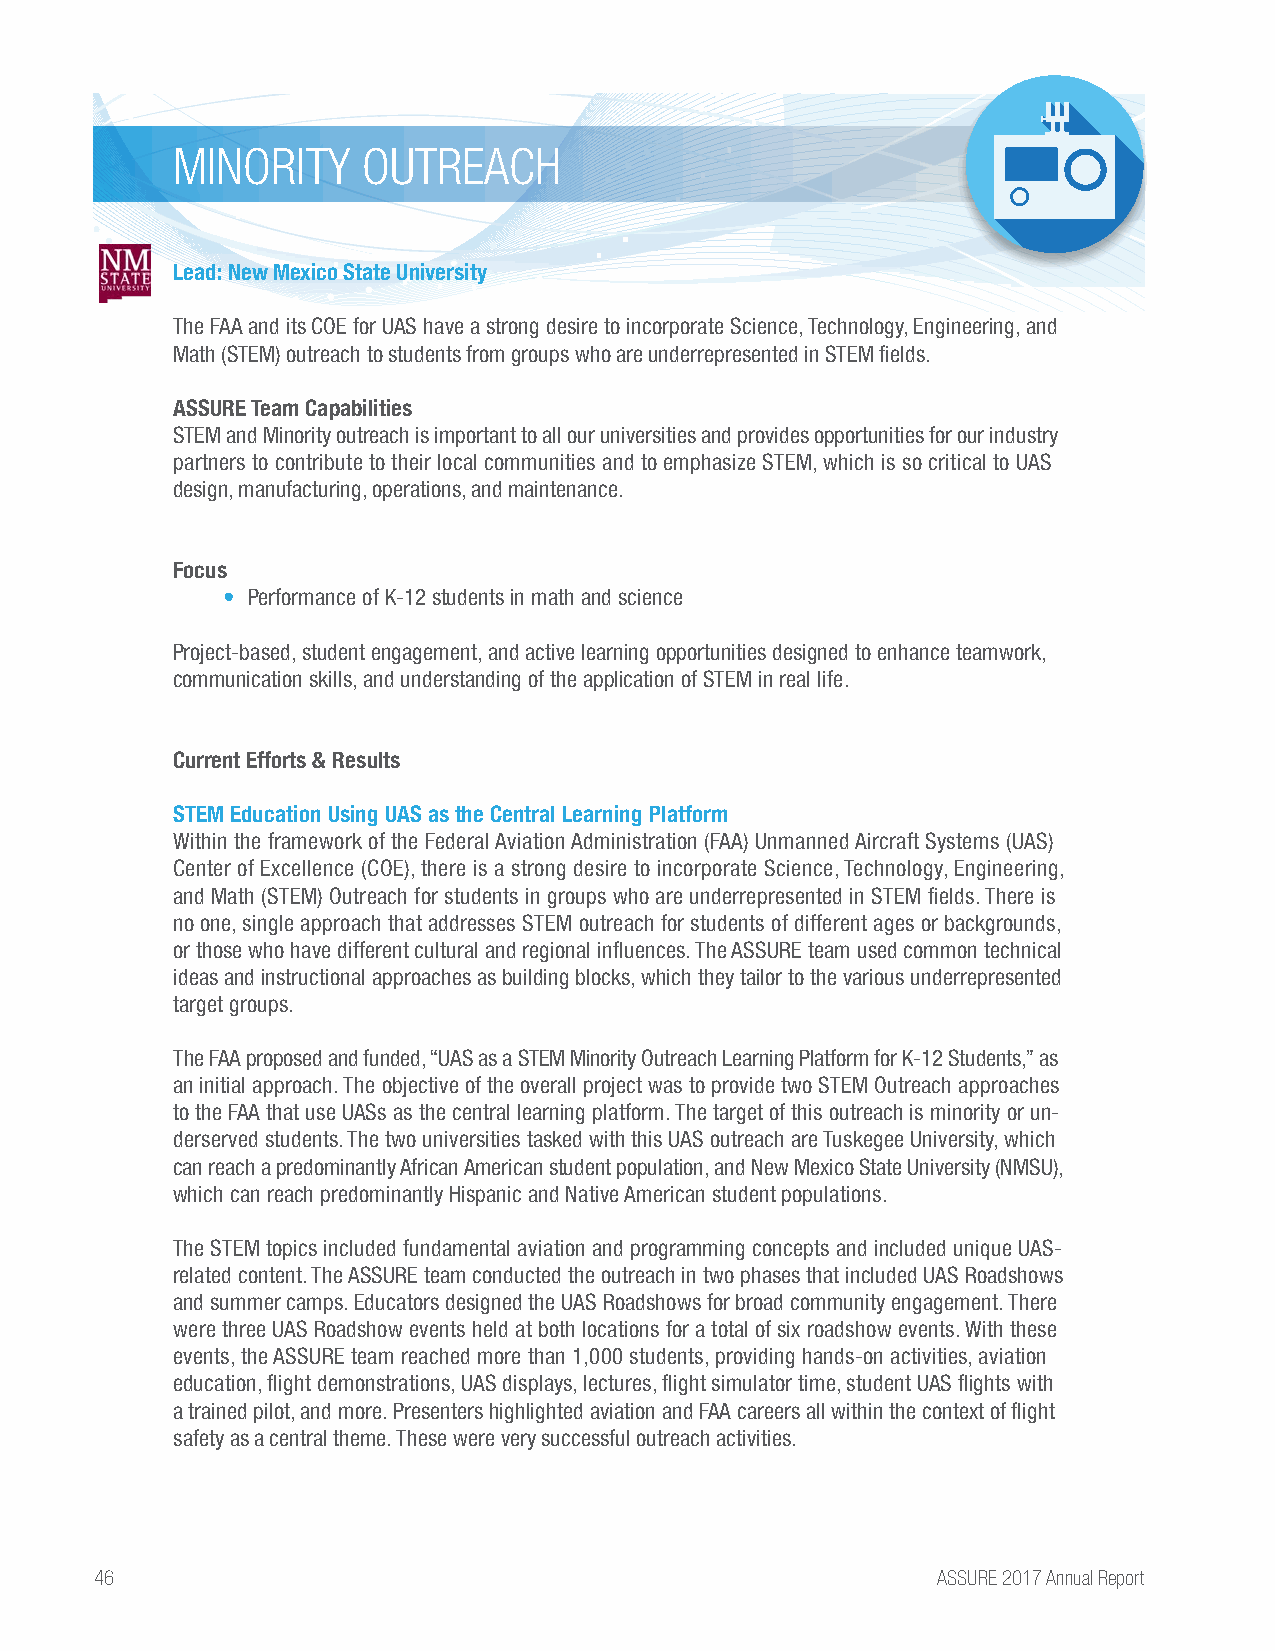
MINORITY     OUTREACH
 Lead: New Mexico State University
 The FAA and its COE for UAS have a strong desire to incorporate Science, Technology, Engineering, and
 Math (STEM) outreach to students from groups who are underrepresented in STEM fields.
 ASSURE Team Capabilities
 STEM and Minority outreach is important to all our universities and provides opportunities for our industry
 partners to contribute to their local communities and to emphasize STEM, which is so critical to UAS
 design, manufacturing, operations, and maintenance.
 Focus
 • Performance of K-12 students in math and science
 Project-based, student engagement, and active learning opportunities designed to enhance teamwork,
 communication skills, and understanding of the application of STEM in real life.
 Current Efforts & Results
 STEM Education Using UAS as the Central Learning Platform
 Within the framework of the Federal Aviation Administration (FAA) Unmanned Aircraft Systems (UAS)
 Center of Excellence (COE), there is a strong desire to incorporate Science, Technology, Engineering,
 and Math (STEM) Outreach for students in groups who are underrepresented in STEM fields. There is
 no one, single approach that addresses STEM outreach for students of different ages or backgrounds,
 or those who have different cultural and regional influences. The ASSURE team used common technical
 ideas and instructional approaches as building blocks, which they tailor to the various underrepresented
 target groups.
 The FAA proposed and funded, “UAS as a STEM Minority Outreach Learning Platform for K-12 Students,” as
 an initial approach. The objective of the overall project was to provide two STEM Outreach approaches
 to the FAA that use UASs as the central learning platform. The target of this outreach is minority or un-
 derserved students. The two universities tasked with this UAS outreach are Tuskegee University, which
 can reach a predominantly African American student population, and New Mexico State University (NMSU),
 which can reach predominantly Hispanic and Native American student populations.
 The STEM topics included fundamental aviation and programming concepts and included unique UAS-
 related content. The ASSURE team conducted the outreach in two phases that included UAS Roadshows
 and summer camps. Educators designed the UAS Roadshows for broad community engagement. There
 were three UAS Roadshow events held at both locations for a total of six roadshow events. With these
 events, the ASSURE team reached more than 1,000 students, providing hands-on activities, aviation
 education, flight demonstrations, UAS displays, lectures, flight simulator time, student UAS flights with
 a trained pilot, and more. Presenters highlighted aviation and FAA careers all within the context of flight
 safety as a central theme. These were very successful outreach activities.
 46                                                      ASSURE 2017 Annual Report